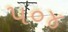
૫૦૪